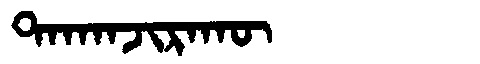
Manchu: ᡨᠠᡴᠠᠨᠵᡳᡵᠠᡴᡡ
Romanization: TAKANJIRAKŪ